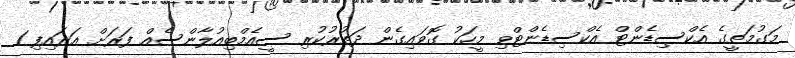
މަގުމަތީގެ އެކްސިޑެންޓް އެކްސިޑެންޓްވި މީހަކު ގޮވައިގެން ދަތުރުކުރި ސީއެމްބިއުލާންސެއް ފަރަށް އަރައިފި 1